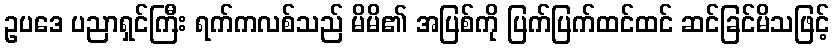
ဥပဒေ ပညာရှင်ကြီး ရက်ကလစ်သည် မိမိ၏ အပြစ်ကို ပြက်ပြက်ထင်ထင် ဆင်ခြင်မိသဖြင့်